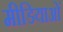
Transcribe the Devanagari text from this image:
मीडियाओं